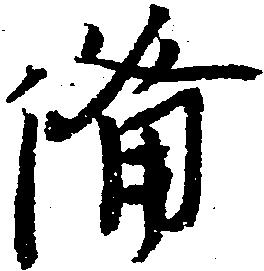
備